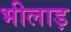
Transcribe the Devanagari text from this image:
भीलाड़